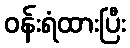
ဝန်းရံထားပြီး